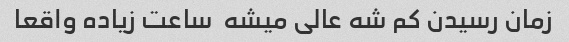
زمان رسیدن کم شه عالی میشه  ساعت زیاده واقعا